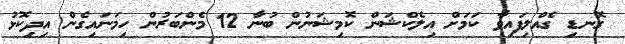
ގޮނޑި ގެއްލިފައިވާ ކަމަށް އިލެކްޝަން ކޮމިޝަނުން ބުނާ 12 މެންބަރުން ހިމަނައިގެން އިދިކޮޅު